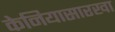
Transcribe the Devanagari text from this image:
केनियासारखा